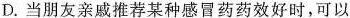
D.当朋友亲戚推荐某种感冒药药效好时，可以